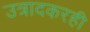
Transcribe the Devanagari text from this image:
उत्रादकरही